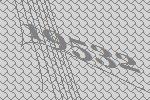
19532